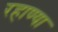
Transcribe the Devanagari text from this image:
रहाण्या